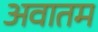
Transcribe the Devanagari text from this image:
अवातम